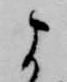
よ